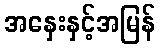
အနှေးနှင့်အမြန်